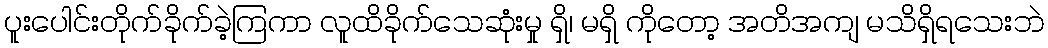
ပူးပေါင်းတိုက်ခိုက်ခဲ့ကြကာ လူထိခိုက်သေဆုံးမှု ရှိ၊ မရှိ ကိုတော့ အတိအကျ မသိရှိရသေးဘဲ